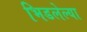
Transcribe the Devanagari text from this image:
भिडलेल्या